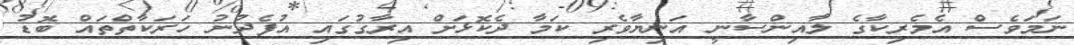
ނަމަވެސް އެމެރިކާގެ ލާއިންސާނީ އަނިޔާވެރި ކަމާ ދެކޮޅަށް އިރާގުގައި އުފެދުނު ހަރަކާތްތައް ބޮޑު